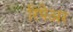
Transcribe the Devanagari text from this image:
रिपेअर